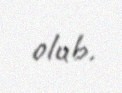
olub.